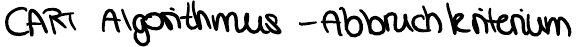
CART Algorithmus - Abbruchkriterium